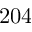
2 0 4